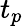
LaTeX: t_{p}